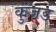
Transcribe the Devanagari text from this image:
कुंजड